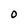
Character: 0